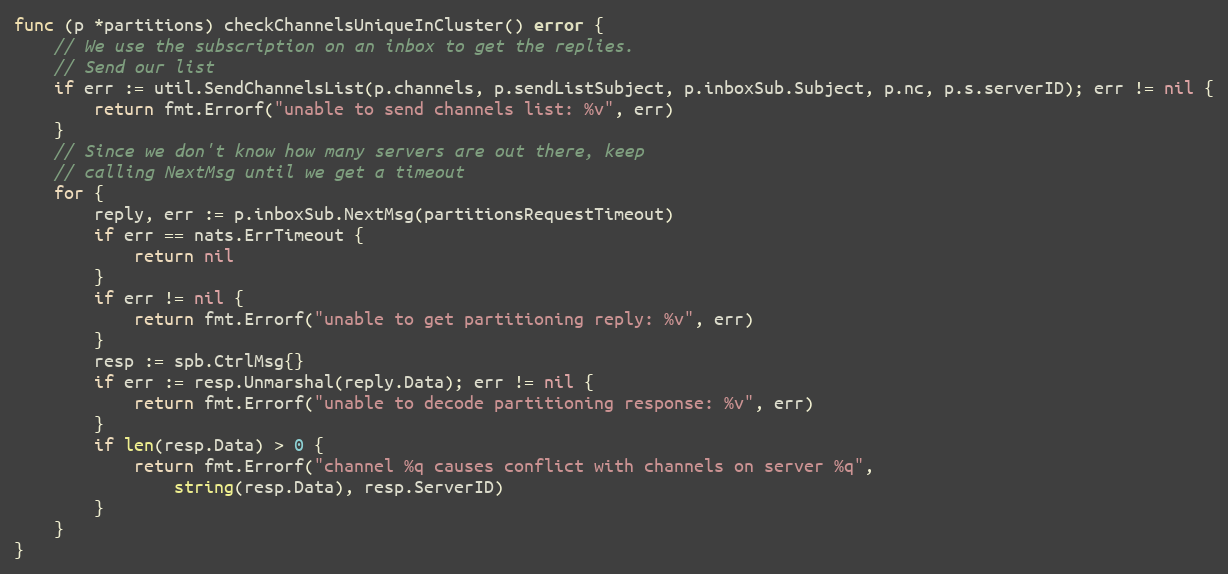
Language: Go
func (p *partitions) checkChannelsUniqueInCluster() error {
	// We use the subscription on an inbox to get the replies.
	// Send our list
	if err := util.SendChannelsList(p.channels, p.sendListSubject, p.inboxSub.Subject, p.nc, p.s.serverID); err != nil {
		return fmt.Errorf("unable to send channels list: %v", err)
	}
	// Since we don't know how many servers are out there, keep
	// calling NextMsg until we get a timeout
	for {
		reply, err := p.inboxSub.NextMsg(partitionsRequestTimeout)
		if err == nats.ErrTimeout {
			return nil
		}
		if err != nil {
			return fmt.Errorf("unable to get partitioning reply: %v", err)
		}
		resp := spb.CtrlMsg{}
		if err := resp.Unmarshal(reply.Data); err != nil {
			return fmt.Errorf("unable to decode partitioning response: %v", err)
		}
		if len(resp.Data) > 0 {
			return fmt.Errorf("channel %q causes conflict with channels on server %q",
				string(resp.Data), resp.ServerID)
		}
	}
}